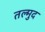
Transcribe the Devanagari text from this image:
तल्मुद